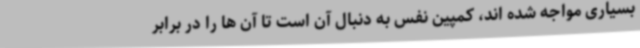
بسیاری مواجه شده اند، کمپین نفس به دنبال آن است تا آن ها را در برابر